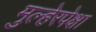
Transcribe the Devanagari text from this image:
मुल्हेरपेक्षा